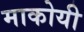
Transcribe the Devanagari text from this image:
माकोयी